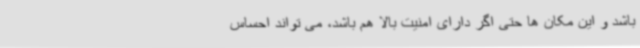
باشد و این مکان ها حتی اگر دارای امنیت بالا هم باشد، می تواند احساس